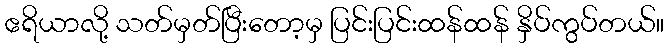
ဧရိယာလို့ သတ်မှတ်ပြီးတော့မှ ပြင်းပြင်းထန်ထန် နှိပ်ကွပ်တယ်။